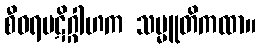
စီဝရပဋိဂ္ဂါဟက သမ္မူတိကထာ။